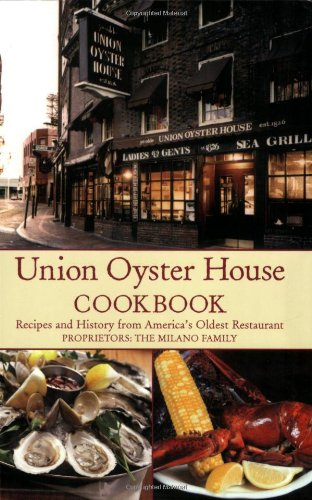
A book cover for Union Oyster House Cookbook: Recipes and History from America's Oldest Restaurant; Jean Kerr; Cookbooks, Food & Wine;